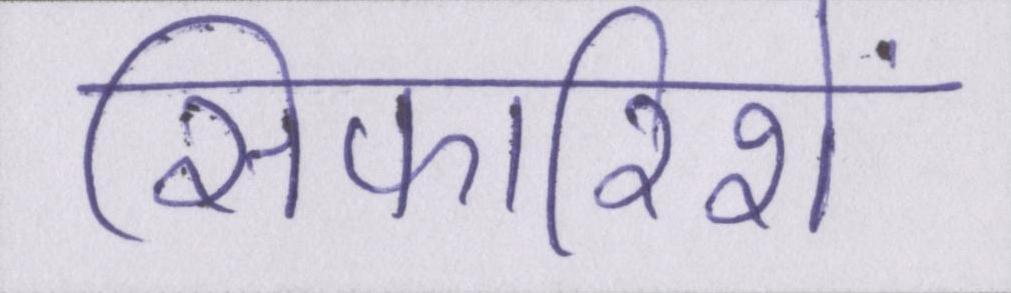
सिफारिशें